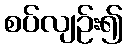
စပ်လျဉ်း၍